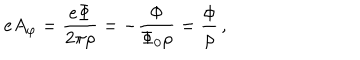
e A _ { \varphi } = { \frac { e \Phi } { 2 \pi \rho } } = - { \frac { \Phi } { \Phi _ { 0 } \rho } } = { \frac { \phi } { \rho } } \, ,